Elephants and their diseases
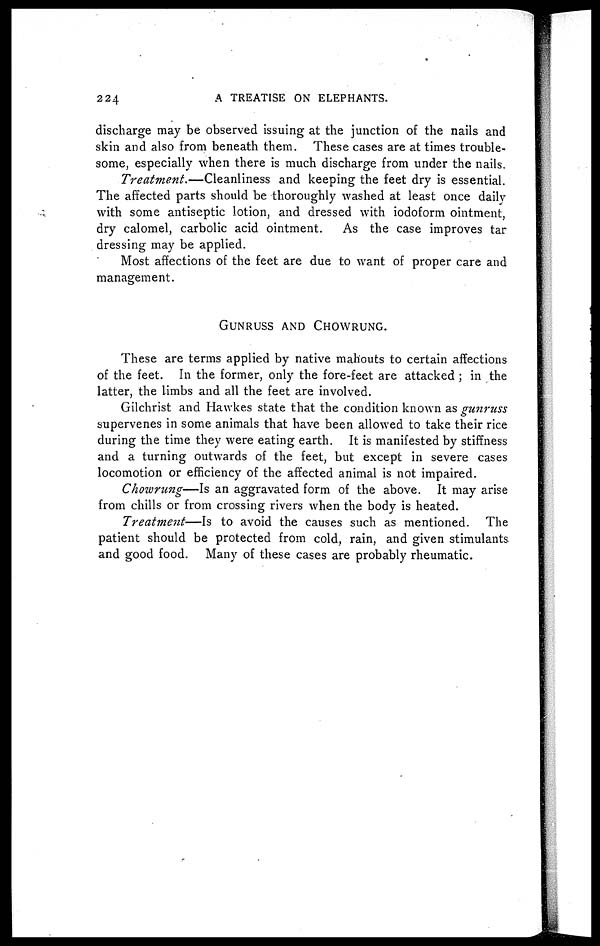
224
A TREATISE ON ELEPHANTS.
discharge may be observed issuing at the junction of the nails and
skin and also from beneath them. These cases are at times trouble-
some, especially when there is much discharge from under the nails.
Treatment.—Cleanliness
and keeping the feet dry is essential.
The affected parts should be thoroughly washed at least once daily
with some antiseptic lotion, and dressed with iodoform ointment,
dry calomel, carbolic acid ointment.
As the case improves tar
dressing may be applied.
Most affections of the feet are due to want of proper care and
management.
GUNRUSS AND CHOWRUNG.
These are terms applied by native mahouts to certain affections
of the feet. In the former, only the fore-feet are attacked ; in the
latter, the limbs and all the feet are involved.
Gilchrist and Hawkes state that the condition known as gunruss
supervenes in some animals that have been allowed to take their rice
during the time they were eating earth. It is manifested by stiffness
and a turning outwards of the feet, but except in severe cases
locomotion or efficiency of the affected animal is not impaired.
Chowrung—Is an aggravated form of the above. It may arise
from chills or from crossing rivers when the body is heated.
Treatment—Is
to avoid the causes such as mentioned. The
patient should be protected from cold, rain, and given stimulants.
and good food. Many of these cases are probably rheumatic.